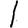
Digit: 1